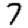
Digit: 7